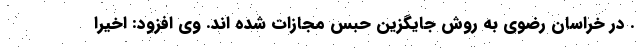
. در خراسان رضوی به روش جایگزین حبس مجازات شده اند. وی افزود: اخیراً